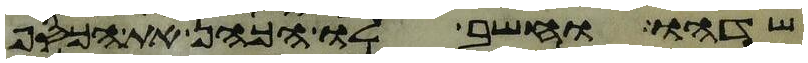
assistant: שדהו וחשב לו הכהן את הכסף